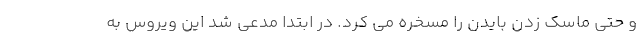
و حتی ماسک زدن بایدن را مسخره می کرد. در ابتدا مدعی شد این ویروس به